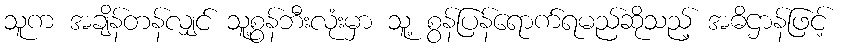
သူက အချိန်တန်လျှင် သူ့စွန်ဘီးလုံးမှာ သူ့ စွန်ပြန်ရောက်ရမည်ဆိုသည့် အဓိဌာန်ဖြင့်